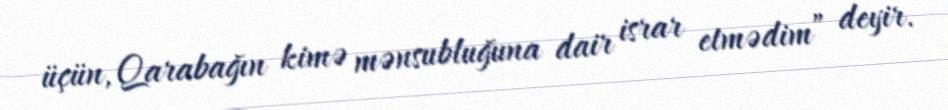
üçün, Qarabağın kimə mənsubluğuna dair israr etmədim” deyir.